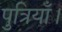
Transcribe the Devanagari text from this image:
पुत्रियाँ।